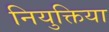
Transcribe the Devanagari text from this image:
नियुक्तिया